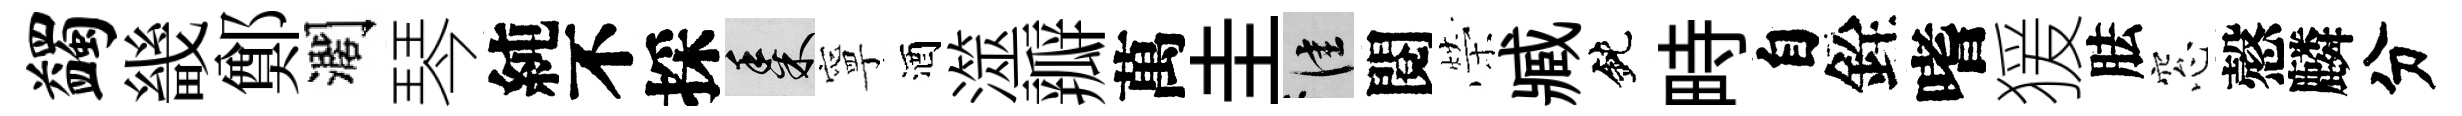
蠲畿鄭濶琴純不採黍寧酒澨瓣萬圭佳閱榮臧鈍畤自銓嗜猨胠窓慤麟分